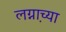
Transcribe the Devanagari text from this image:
लग्ना़च्या